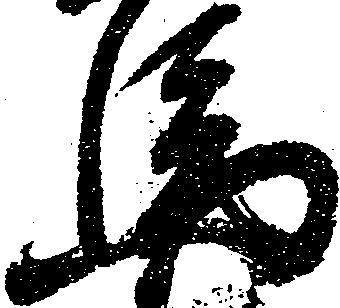
馬